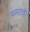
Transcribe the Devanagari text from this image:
पसरटही